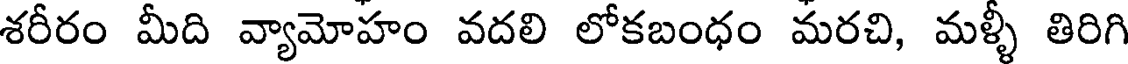
శరీరం మీది వ్యామోహం వదలి లోకబంధం మరచి, మళ్ళీ తిరిగి